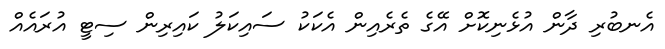
އެނބުރި ދާން އުޅެނިކޮށް އޭގެ ތެރެއިން އެކަކު ސައިކަލު ކައިރިން ސިޓީ އުރައެއް